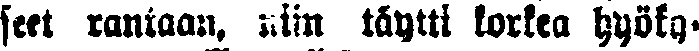
seet rantaan, niin täytti korkea hyöty-